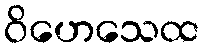
ဝိဟေသေထ